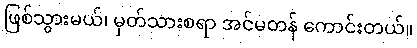
ဖြစ်သွားမယ်၊ မှတ်သားစရာ အင်မတန် ကောင်းတယ်။